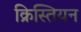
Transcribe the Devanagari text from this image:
क्रिस्तियन